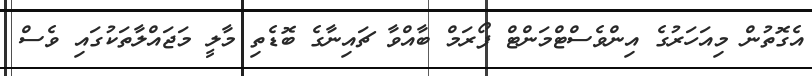
އެގޮތުން މިއަހަރުގެ އިންވެސްޓްމަންޓް ފޯރަމް ބާއްވާ ޗައިނާގެ ބޮޑެތި މާލީ މަޖައްލާތަކުގައި ވެސް